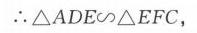
\(\therefore\triangle ADE\sim\triangle EFC\)，